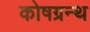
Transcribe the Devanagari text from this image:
कोषग्रन्थ